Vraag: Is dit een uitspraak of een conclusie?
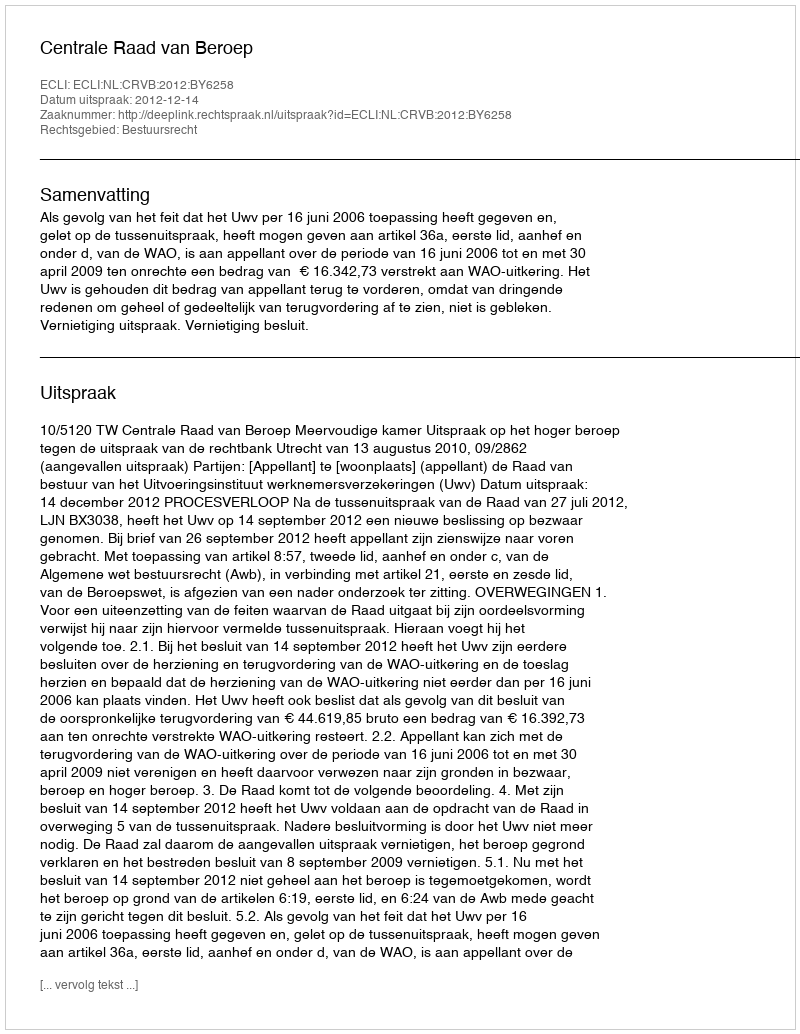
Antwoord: Uitspraak